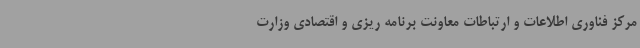
مرکز فناوری اطلاعات و ارتباطات معاونت برنامه ریزی و اقتصادی وزارت